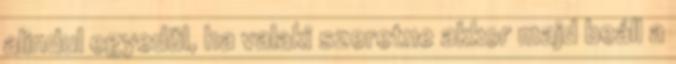
alindul egyedül, ha valaki szeretne akkor majd beáll a